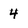
Character: 4